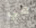
هي